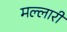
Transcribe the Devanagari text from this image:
मल्लारी